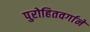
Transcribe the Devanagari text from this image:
पुरोहितवर्गाने